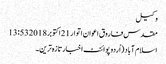
وکیل
مقدس فاروق اعوان اتوار 21 اکتوبر 2018 13:53
اسلام آباد (اُردو پوائنٹ اخبارتازہ ترین۔